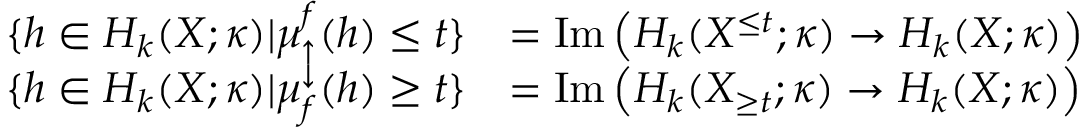
\begin{array} { r l } { \{ h \in H _ { k } ( X ; \kappa ) | \mu _ { \uparrow } ^ { f } ( h ) \leq t \} } & { = \mathrm { I m } \left( H _ { k } ( X ^ { \leq t } ; \kappa ) \to H _ { k } ( X ; \kappa ) \right) } \\ { \{ h \in H _ { k } ( X ; \kappa ) | \mu _ { f } ^ { \downarrow } ( h ) \geq t \} } & { = \mathrm { I m } \left( H _ { k } ( X _ { \geq t } ; \kappa ) \to H _ { k } ( X ; \kappa ) \right) } \end{array}